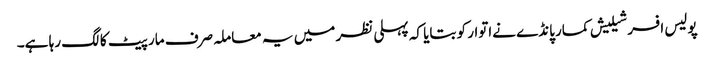
پولیس افسر شیلیش کمار پانڈے نےاتوار کو بتایا کہ پہلی نظر میں یہ معاملہ صرف مار پیٹ کا لگ رہا ہے۔